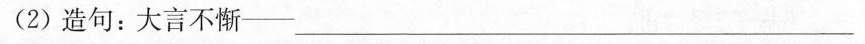
(2)造句：大言不惭——___